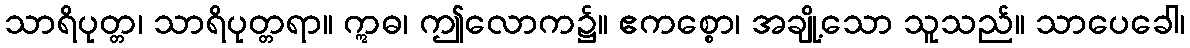
သာရိပုတ္တ၊ သာရိပုတ္တရာ။ ဣဓ၊ ဤလောက၌။ ဧကစ္စော၊ အချို့သော သူသည်။ သာပေခေါ၊